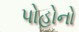
પોહોનો